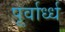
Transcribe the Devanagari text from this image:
पूर्वार्ध्ध